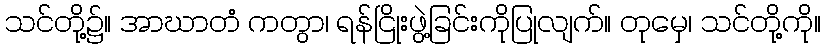
သင်တို့၌။ အာဃာတံ ကတွာ၊ ရန်ငြိုးဖွဲ့ခြင်းကိုပြုလျက်။ တုမှေ၊ သင်တို့ကို။